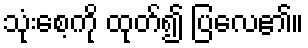
သုံးစေ့ကို ထုတ်၍ ပြလေ၏။